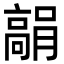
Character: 𩫘